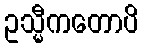
ဥသ္မီကတောပိ